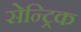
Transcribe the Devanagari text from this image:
सेन्ट्रिक